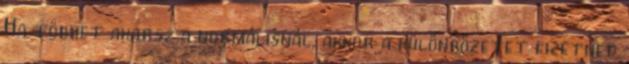
Ha többet akarsz a normálisnál, akkor a különbözetet fizetned